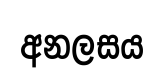
අනලසය